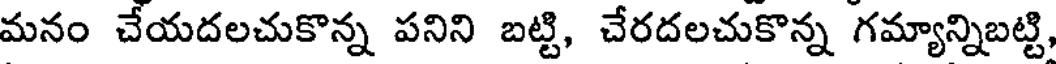
మనం చేయదలచుకొన్న పనిని బట్టి, చేరదలచుకొన్న గమ్యాన్నిబట్టి,